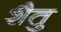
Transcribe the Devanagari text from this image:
शैतु